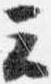
云